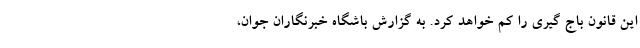
این قانون باج گیری را کم خواهد کرد. به گزارش باشگاه خبرنگاران جوان،